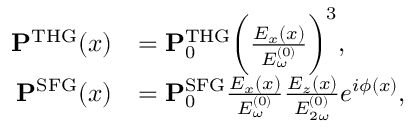
\begin{array} { r l } { \mathbf { P } ^ { \mathrm { T H G } } ( x ) } & { = \mathbf { P } _ { 0 } ^ { \mathrm { T H G } } \bigg ( \frac { E _ { x } ( x ) } { E _ { \omega } ^ { ( 0 ) } } \bigg ) ^ { 3 } , } \\ { \mathbf { P } ^ { \mathrm { S F G } } ( x ) } & { = \mathbf { P } _ { 0 } ^ { \mathrm { S F G } } \frac { E _ { x } ( x ) } { E _ { \omega } ^ { ( 0 ) } } \frac { E _ { z } ( x ) } { E _ { 2 \omega } ^ { ( 0 ) } } e ^ { i \phi ( x ) } , } \end{array}